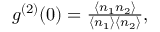
\begin{array} { r } { g ^ { ( 2 ) } ( 0 ) = \frac { \left\langle n _ { 1 } n _ { 2 } \right\rangle } { \left\langle n _ { 1 } \right\rangle \left\langle n _ { 2 } \right\rangle } , } \end{array}